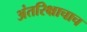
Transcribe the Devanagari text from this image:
अंतरिक्षाचाच